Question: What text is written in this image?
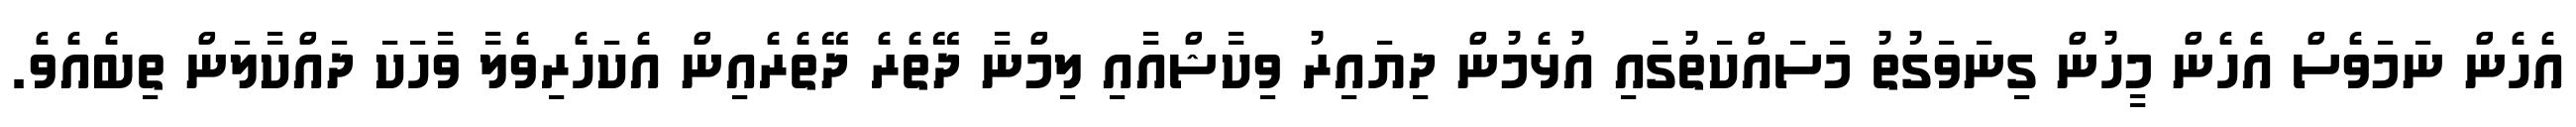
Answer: އެހެން ނަމަވެސް އެހެން މީހުން ގިނަވަގުތު މަސައްކަތުގައި އުޅެމުން ދިޔައިރު ވިކާޝްއާއި ލިމްނާ ދޭތެރެ ދޭތެރެއިން އެކަހެރިވެލާ ވާހަކަ ދައްކާލަން ތިބެއެވެ.